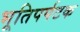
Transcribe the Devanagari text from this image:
भूतिपर्पटक